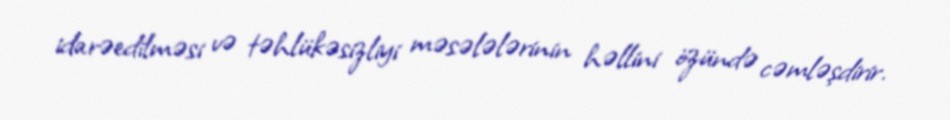
idarəedilməsi və təhlükəsizliyi məsələlərinin həllini özündə cəmləşdirir.